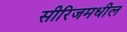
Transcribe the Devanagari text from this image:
सीरिजमधील